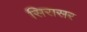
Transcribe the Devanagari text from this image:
सिरासर